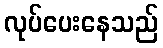
လုပ်ပေးနေသည်